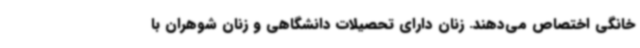
خانگی اختصاص می‌دهند. زنان دارای تحصیلات دانشگاهی و زنان شوهران با